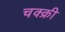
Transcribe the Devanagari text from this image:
चक्क्री